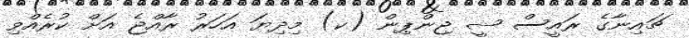
ޗައިނާގެ ރައީސް ޝީ ޖިންޕިން (ކ) މިދިޔަ އަހަރު ރާއްޖެ އަށް ކުރެއްވި